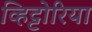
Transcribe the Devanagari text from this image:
व्हिट्टोरिया